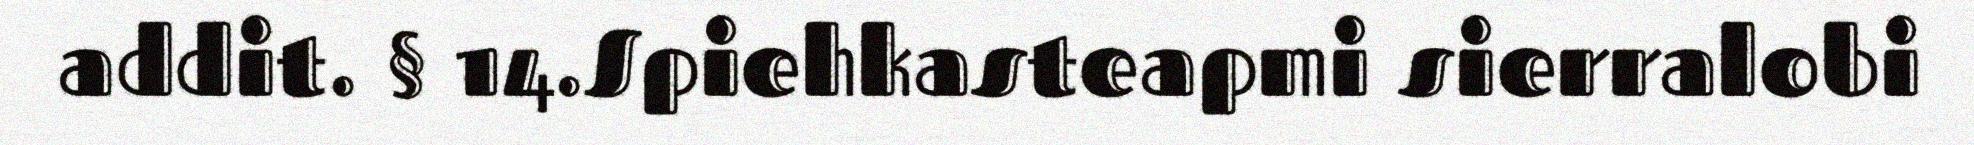
addit. § 14.Spiehkasteapmi sierralobi